Source: Handwritten
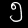
Digit: ၅ (5)